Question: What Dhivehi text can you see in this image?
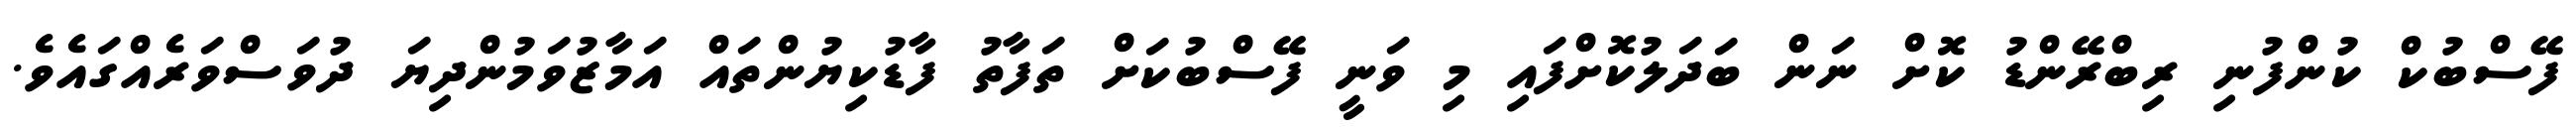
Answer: ފޭސްބުކް ކުންފުނި ރިބްރޭންޑު ކޮށް ނަން ބަދަލުކޮށްފައި މި ވަނީ ފޭސްބުކަށް ތަފާތު ފާޑުކިޔުންތައް އަމާޒުވަމުންދިޔަ ދުވަސްވަރެއްގައެވެ.